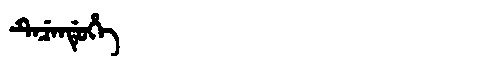
Manchu: ᡨᡝᠴᡝᠨᡩᡠᡥᡝ
Romanization: TECENDUHE